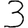
Digit: 3